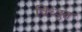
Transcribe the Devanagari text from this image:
विध्दुत